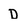
Character: D